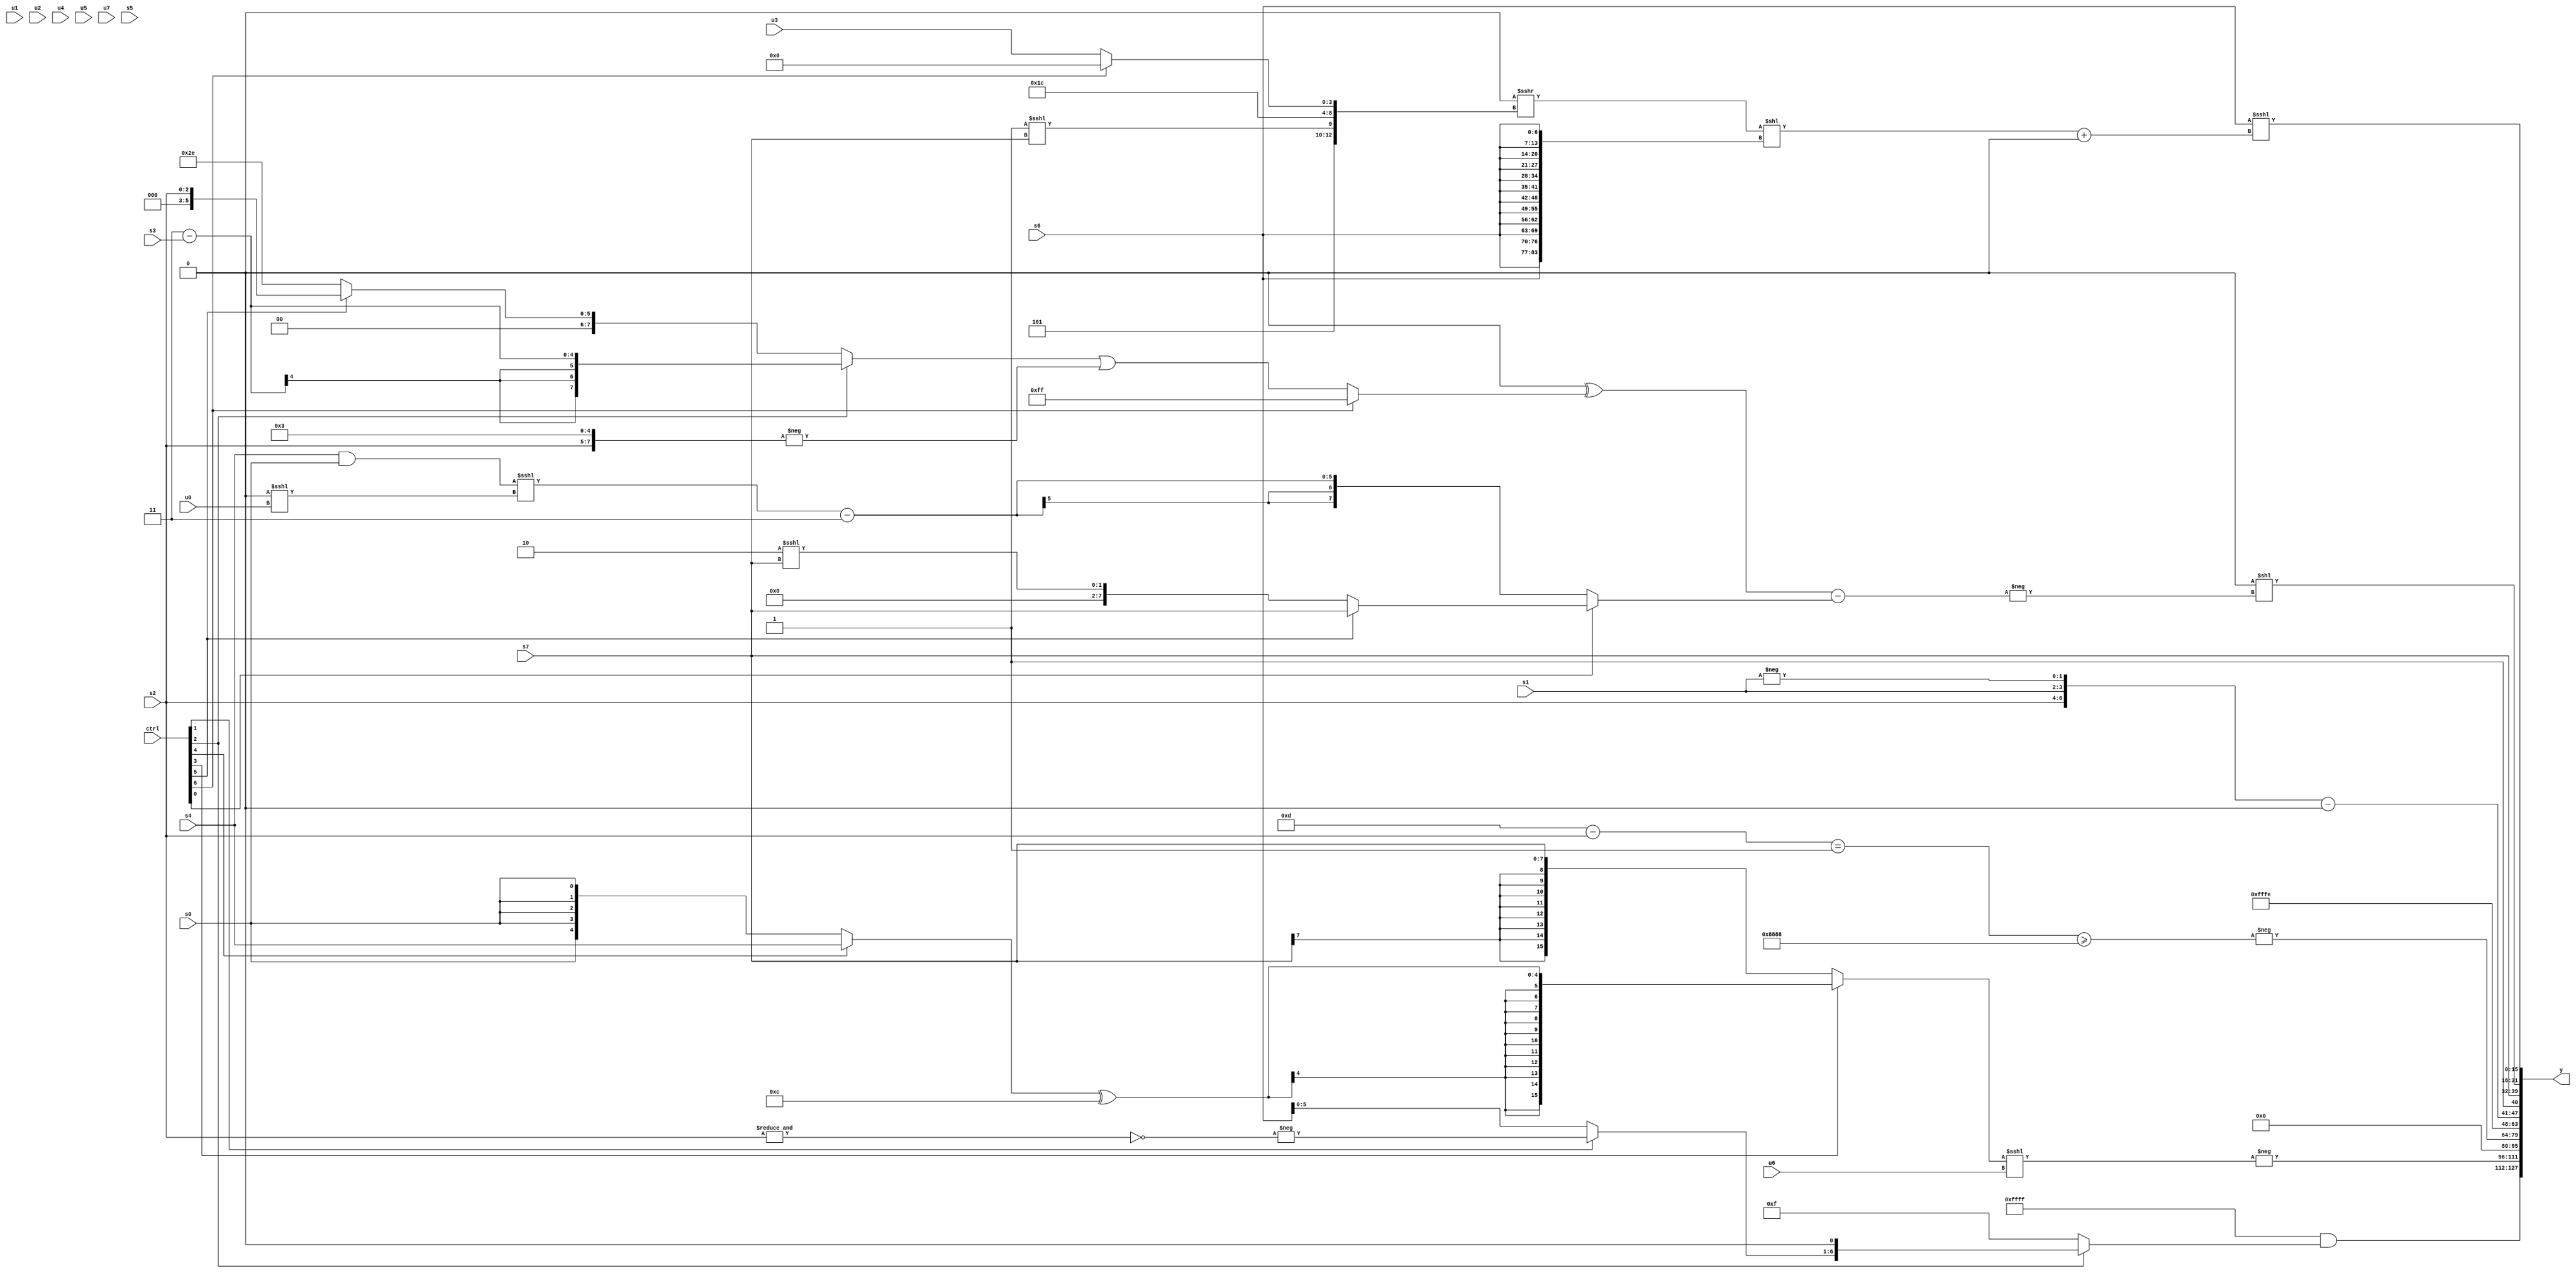
module wideexpr_00129(ctrl, u0, u1, u2, u3, u4, u5, u6, u7, s0, s1, s2, s3, s4, s5, s6, s7, y);
  input [7:0] ctrl;
  input [0:0] u0;
  input [1:0] u1;
  input [2:0] u2;
  input [3:0] u3;
  input [4:0] u4;
  input [5:0] u5;
  input [6:0] u6;
  input [7:0] u7;
  input signed [0:0] s0;
  input signed [1:0] s1;
  input signed [2:0] s2;
  input signed [3:0] s3;
  input signed [4:0] s4;
  input signed [5:0] s5;
  input signed [6:0] s6;
  input signed [7:0] s7;
  output [127:0] y;
  wire [15:0] y0;
  wire [15:0] y1;
  wire [15:0] y2;
  wire [15:0] y3;
  wire [15:0] y4;
  wire [15:0] y5;
  wire [15:0] y6;
  wire [15:0] y7;
  assign y = {y0,y1,y2,y3,y4,y5,y6,y7};
  assign y0 = ((1'sb0)^~(&(-((4'sb0011)<<(3'sb011)))))&((ctrl[2]?$signed(($signed((ctrl[1]?-(~&(s2)):s6)))<<<(1'sb1)):{1{+(5'sb01111)}}));
  assign y1 = -(((ctrl[3]?((ctrl[4]?s4:s0))^(5'sb01100):$signed(s7)))<<<(u6));
  assign y2 = 1'sb0;
  assign y3 = -((&((+((5'sb01101)-(s2)))==(1'sb1)))>=({2{{2{4'sb1000}}}}));
  assign y4 = 3'sb110;
  assign y5 = {{(s6)+(-(((ctrl[7]?s0:5'sb01011))!=((ctrl[6]?6'sb011101:s3)))),s6,{(1'b1)-((~|(1'b0))+($signed(s6))),u5,1'sb1},($signed({{s7,3'sb101,s2},$signed(s1),-(s1)}))-($signed(2'sb00))},~&(6'sb100101),$signed(s7)};
  assign y6 = ((-((3'b111)>>((($unsigned(1'sb0))&($unsigned((u5)<<<(2'sb11))))>=((~^({3{s0}}))^~(2'sb11)))))>>(6'sb111110))<<(-(((1'sb0)^((ctrl[6]?$signed(+((ctrl[6]?3'sb111:s7))):((ctrl[2]?(4'sb0011)-(s3):(ctrl[5]?s2:6'sb101110)))|(-({s2,2'sb00,3'b011})))))-((ctrl[0]?(ctrl[5]?s7:$signed((+(2'sb10))<<<({1{s7}}))):($signed(((s4)&(s0))<<<((1'sb0)<<<(u0))))-(2'sb11)))));
  assign y7 = (s6)<<<($signed($signed((((-((1'sb0)>>>(2'sb00)))>>>({4'b0101,(1'sb1)<<<(s7),5'sb11100,(ctrl[6]?1'sb0:u3)}))<<({3{{4{$signed(s6)}}}}))+(((((ctrl[5]?s0:5'sb11110))>>({2'b10,1'sb0,3'sb101}))^(($signed(5'sb11011))-(-(s1))))>>(3'b111)))));
endmodule